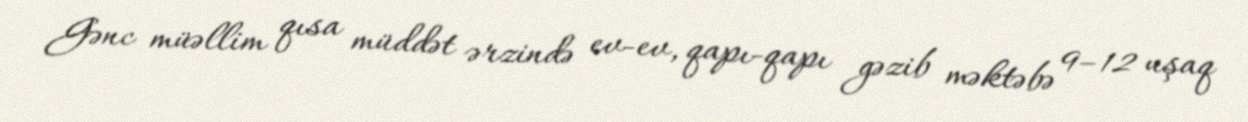
Gənc müəllim qısa müddət ərzində ev-ev, qapı-qapı gəzib məktəbə 9–12 uşaq